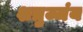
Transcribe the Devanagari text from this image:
शत्रुज्जंय